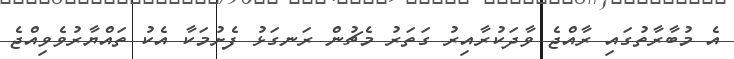
އެ މުބާރާތުގައި ރާއްޖެ ވާދަކުރާއިރު ގަތަރު މެޗުން ރަނގަޅު ފެށުމަކާ އެކު ތައްޔާރުވެވިއްޖެ